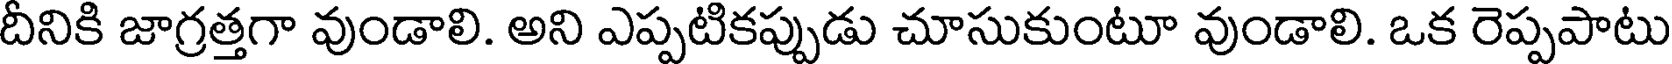
దీనికి జాగ్రత్తగా వుండాలి. అని ఎప్పటికప్పుడు చూసుకుంటూ వుండాలి. ఒక రెప్పపాటు